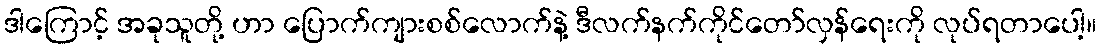
ဒါကြောင့် အခုသူတို့ ဟာ ပြောက်ကျားစစ်လောက်နဲ့ ဒီလက်နက်ကိုင်တော်လှန်ရေးကို လုပ်ရတာပေါ့။